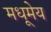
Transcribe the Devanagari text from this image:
मधूमेय